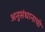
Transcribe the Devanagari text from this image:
अनुसंधानाची